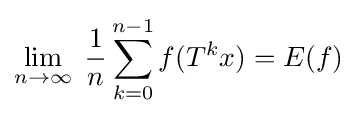
\lim _{n\rightarrow \infty }\;{\frac {1}{n}}\sum _{k=0}^{n-1}f(T^{k}x)=E(f)